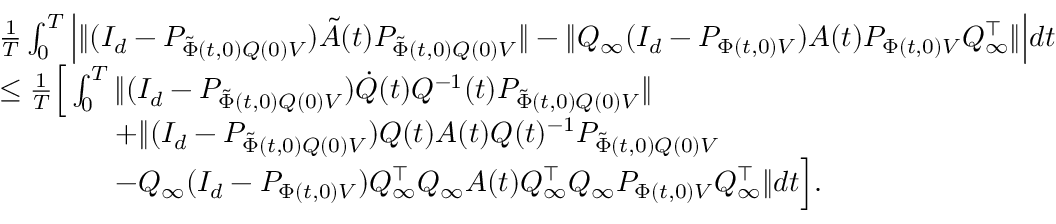
\begin{array} { r l } & { \frac { 1 } { T } \int _ { 0 } ^ { T } \Big | \| ( I _ { d } - P _ { \tilde { \Phi } ( t , 0 ) Q ( 0 ) V } ) \tilde { A } ( t ) P _ { \tilde { \Phi } ( t , 0 ) Q ( 0 ) V } \| - \| Q _ { \infty } ( I _ { d } - P _ { \Phi ( t , 0 ) V } ) A ( t ) P _ { \Phi ( t , 0 ) V } Q _ { \infty } ^ { \top } \| \Big | d t } \\ & { \le \frac { 1 } { T } \Big [ \int _ { 0 } ^ { T } \| ( I _ { d } - P _ { \tilde { \Phi } ( t , 0 ) Q ( 0 ) V } ) \dot { Q } ( t ) Q ^ { - 1 } ( t ) P _ { \tilde { \Phi } ( t , 0 ) Q ( 0 ) V } \| } \\ & { \qquad \qquad + \| ( I _ { d } - P _ { \tilde { \Phi } ( t , 0 ) Q ( 0 ) V } ) Q ( t ) A ( t ) Q ( t ) ^ { - 1 } P _ { \tilde { \Phi } ( t , 0 ) Q ( 0 ) V } } \\ & { \qquad \qquad - Q _ { \infty } ( I _ { d } - P _ { \Phi ( t , 0 ) V } ) Q _ { \infty } ^ { \top } Q _ { \infty } A ( t ) Q _ { \infty } ^ { \top } Q _ { \infty } P _ { \Phi ( t , 0 ) V } Q _ { \infty } ^ { \top } \| d t \Big ] . } \end{array}